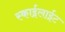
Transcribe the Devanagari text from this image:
स्काईलाईट